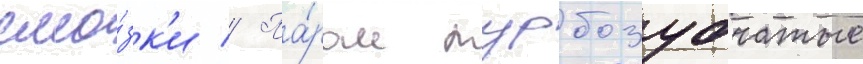
сма́зк'и // Па́ром турбозубчатые